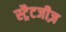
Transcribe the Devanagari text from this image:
स्ट्रैटजीज़